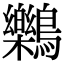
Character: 𪇱